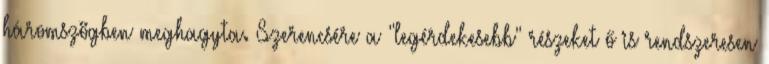
háromszögben meghagyta. Szerencsére a "legérdekesebb" részeket ő is rendszeresen